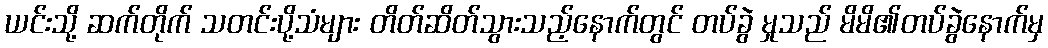
ယင်းသို့ ဆက်တိုက် သတင်းပို့သံများ တိတ်ဆိတ်သွားသည့်နောက်တွင် တပ်ခွဲ မှုသည် မိမိ၏တပ်ခွဲနောက်မှ